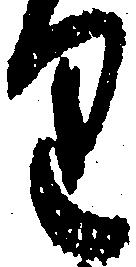
り